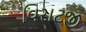
વિરાટજી